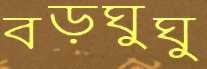
বড়ঘুঘু